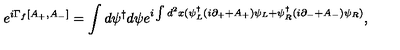
e ^ { i \Gamma _ { f } [ A _ { + } , A _ { - } ] } = \int d \psi ^ { \dagger } d \psi e ^ { i \int d ^ { 2 } x ( \psi _ { L } ^ { \dagger } ( i \partial _ { + } + A _ { + } ) \psi _ { L } + \psi _ { R } ^ { \dagger } ( i \partial _ { - } + A _ { - } ) \psi _ { R } ) } ,